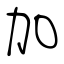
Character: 加